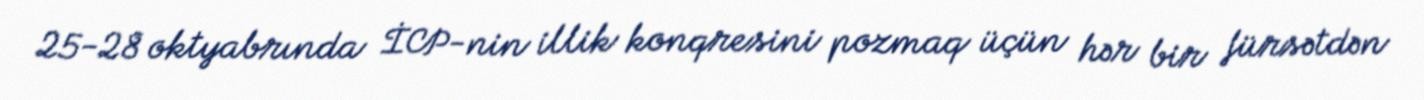
25-28 oktyabrında İCP-nin illik konqresini pozmaq üçün hər bir fürsətdən